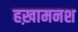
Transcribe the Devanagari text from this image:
हख़ामनश